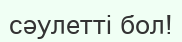
сәулетті бол!